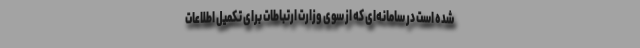
شده است در سامانه‌ای که از سوی وزارت ارتباطات برای تکمیل اطلاعات